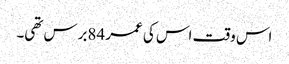
اس وقت اس کی عمر 84برس تھی۔